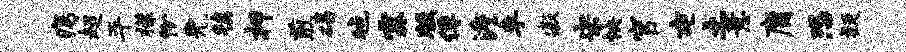
痍超平檬份免镇柙煎碣毡霖版俘澹李寂宋怏官屯土意庸恐疑